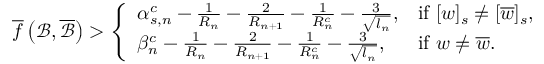
\overline { { f } } \left( \mathcal { B } , \overline { { \mathcal { B } } } \right) > \left\{ \begin{array} { l l } { \alpha _ { s , n } ^ { c } - \frac { 1 } { R _ { n } } - \frac { 2 } { R _ { n + 1 } } - \frac { 1 } { R _ { n } ^ { c } } - \frac { 3 } { \sqrt { l _ { n } } } , } & { \mathrm { i f ~ } [ w ] _ { s } \neq [ \overline { { w } } ] _ { s } , } \\ { \beta _ { n } ^ { c } - \frac { 1 } { R _ { n } } - \frac { 2 } { R _ { n + 1 } } - \frac { 1 } { R _ { n } ^ { c } } - \frac { 3 } { \sqrt { l _ { n } } } , } & { \mathrm { i f ~ } w \neq \overline { { w } } . } \end{array} \right.